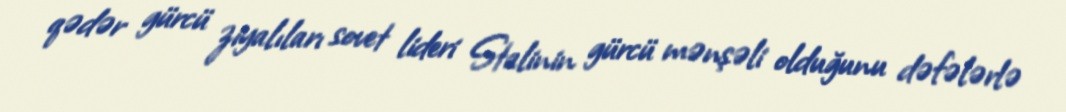
qədər gürcü ziyalıları sovet lideri Stalinin gürcü mənşəli olduğunu dəfələrlə